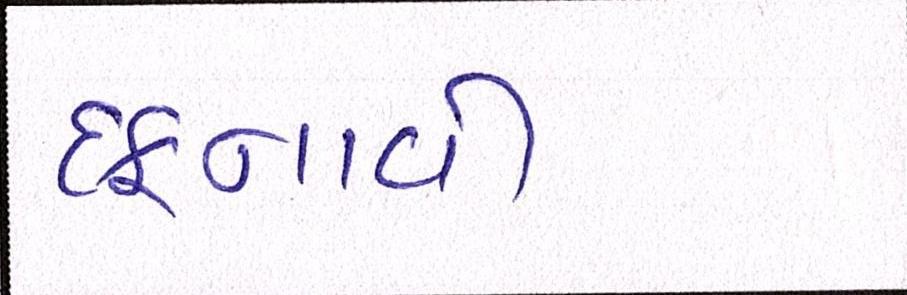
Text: દફનાવી